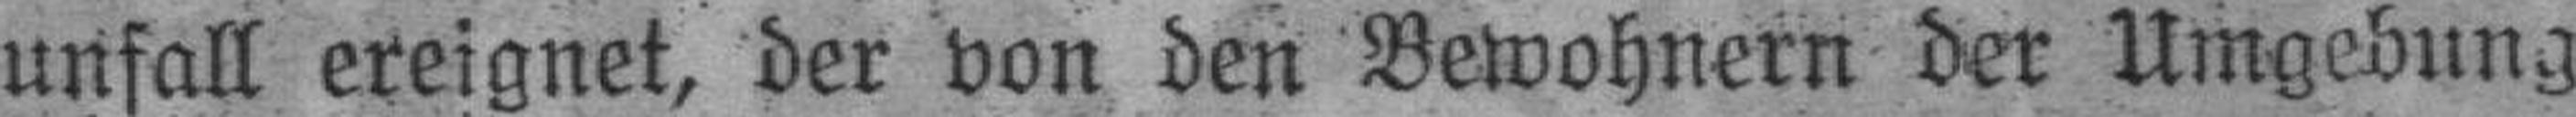
unfall ereignet, der von den Bewohnern der Umgebung